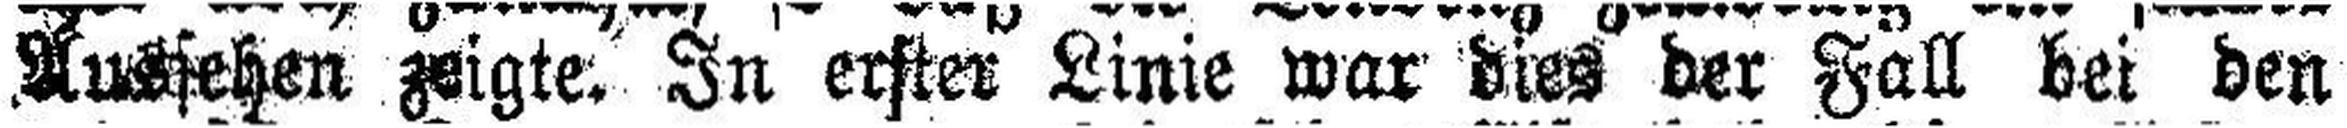
Aussehen zeigte. In erster Linie war des der Fall bei den